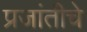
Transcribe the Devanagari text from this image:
प्रजांतीचे